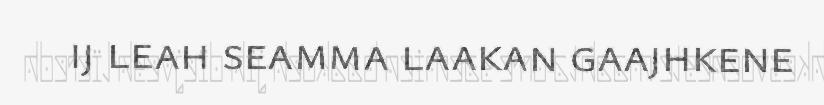
ij leah seamma laakan gaajhkene